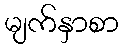
မျက်နှာစာ